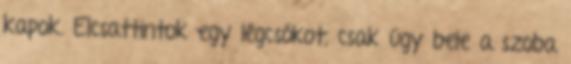
kapok. Elcsattintok egy légcsókot, csak úgy bele a szoba